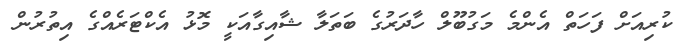
ކުރިއަށް ފަހަތް އެންމެ މަގުބޫލް ހާދަރުގެ ބަތަލާ ޝާއިގާއަކީ މޮޅު އެކްޓަރެއްގެ އިތުރުން